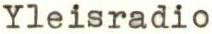
Yleisradio